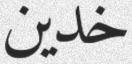
خدين